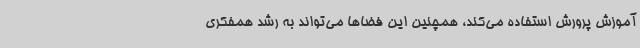
آموزش پرورش استفاده می‌کند، همچنین این فضاها می‌تواند به رشد همفکری